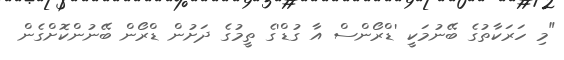
"މި ހަރަކާތުގެ ބޭނުމަކީ 'ޑްރޯންސް އާ ގުޑް'ގެ ތީމުގެ ދަށުން ޑްރޯން ބޭނުންކޮށްގެން